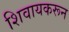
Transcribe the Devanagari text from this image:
शिवायकरून